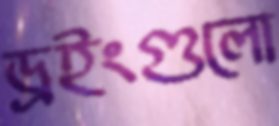
ড্রইংগুলো